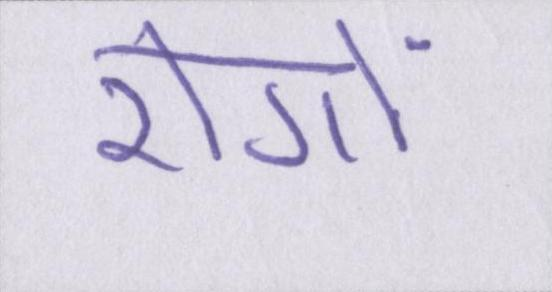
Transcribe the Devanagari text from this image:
रोगों